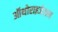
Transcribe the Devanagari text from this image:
ऑथोराइजेशन